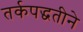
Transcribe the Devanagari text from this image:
तर्कपद्धतीने